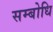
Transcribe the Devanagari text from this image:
सम्‍बोधि